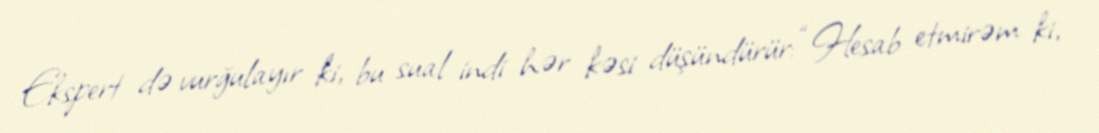
Ekspert də vurğulayır ki, bu sual indi hər kəsi düşündürür: “Hesab etmirəm ki,